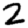
Digit: 2